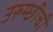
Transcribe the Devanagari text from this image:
उरुम्छीची